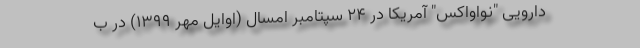
دارویی "نواواکس" آمریکا در 24 سپتامبر امسال (اوایل مهر 1399) در ب